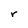
Character: r